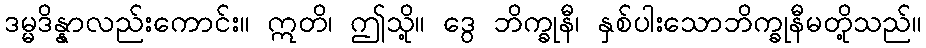
ဒမ္မဒိန္နာလည်းကောင်း။ ဣတိ၊ ဤသို့။ ဒွေ ဘိက္ခုနီ၊ နှစ်ပါးသောဘိက္ခုနီမတို့သည်။